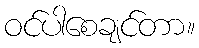
ဝင်ပါစေချင်တာ။